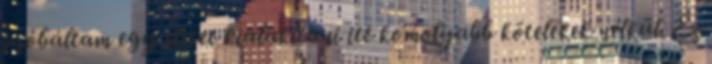
próbáltam egy életet kialakítani itt komolyabb kötelékek nélkül. Ez